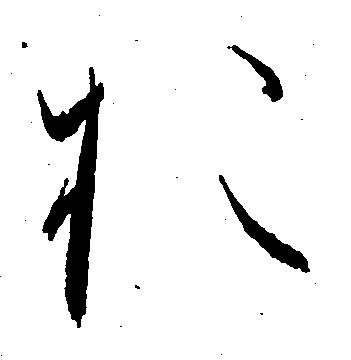
お